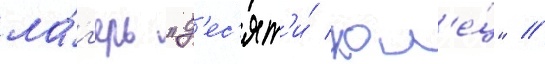
ла́г'ерь "д'ес'ят'и́ кол'е́ц" //